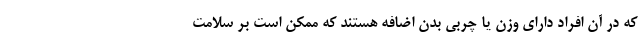
که در آن افراد دارای وزن یا چربی بدن اضافه هستند که ممکن است بر سلامت